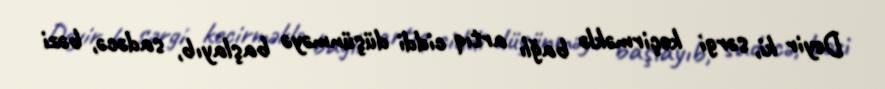
Deyir ki, sərgi keçirməklə bağlı artıq ciddi düşünməyə başlayıb, sadəcə, bəzi